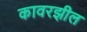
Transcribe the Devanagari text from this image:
कावरझील